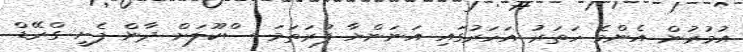
އުމުރުން އެންމެ ހަތަރު އަހަރުގައި އަނަންޔާ ފުރަތަމަ ސްކޫލަށް ދާން ފެށީ ގްރޭޑް